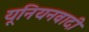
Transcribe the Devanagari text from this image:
यूनियनवादी